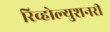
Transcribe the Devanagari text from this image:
रिव्होल्युशनरी